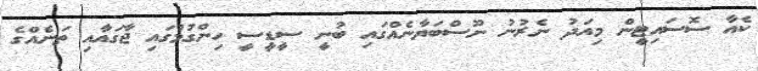
ކެއާ ސޮސައިޓީން މިއަދު ނެރުނު ނޫސްބަޔާނެއްގައި ބުނީ ސީޑީސީ ހިންގުމުގައި ޖާގައާއި ތަނެއްގެ